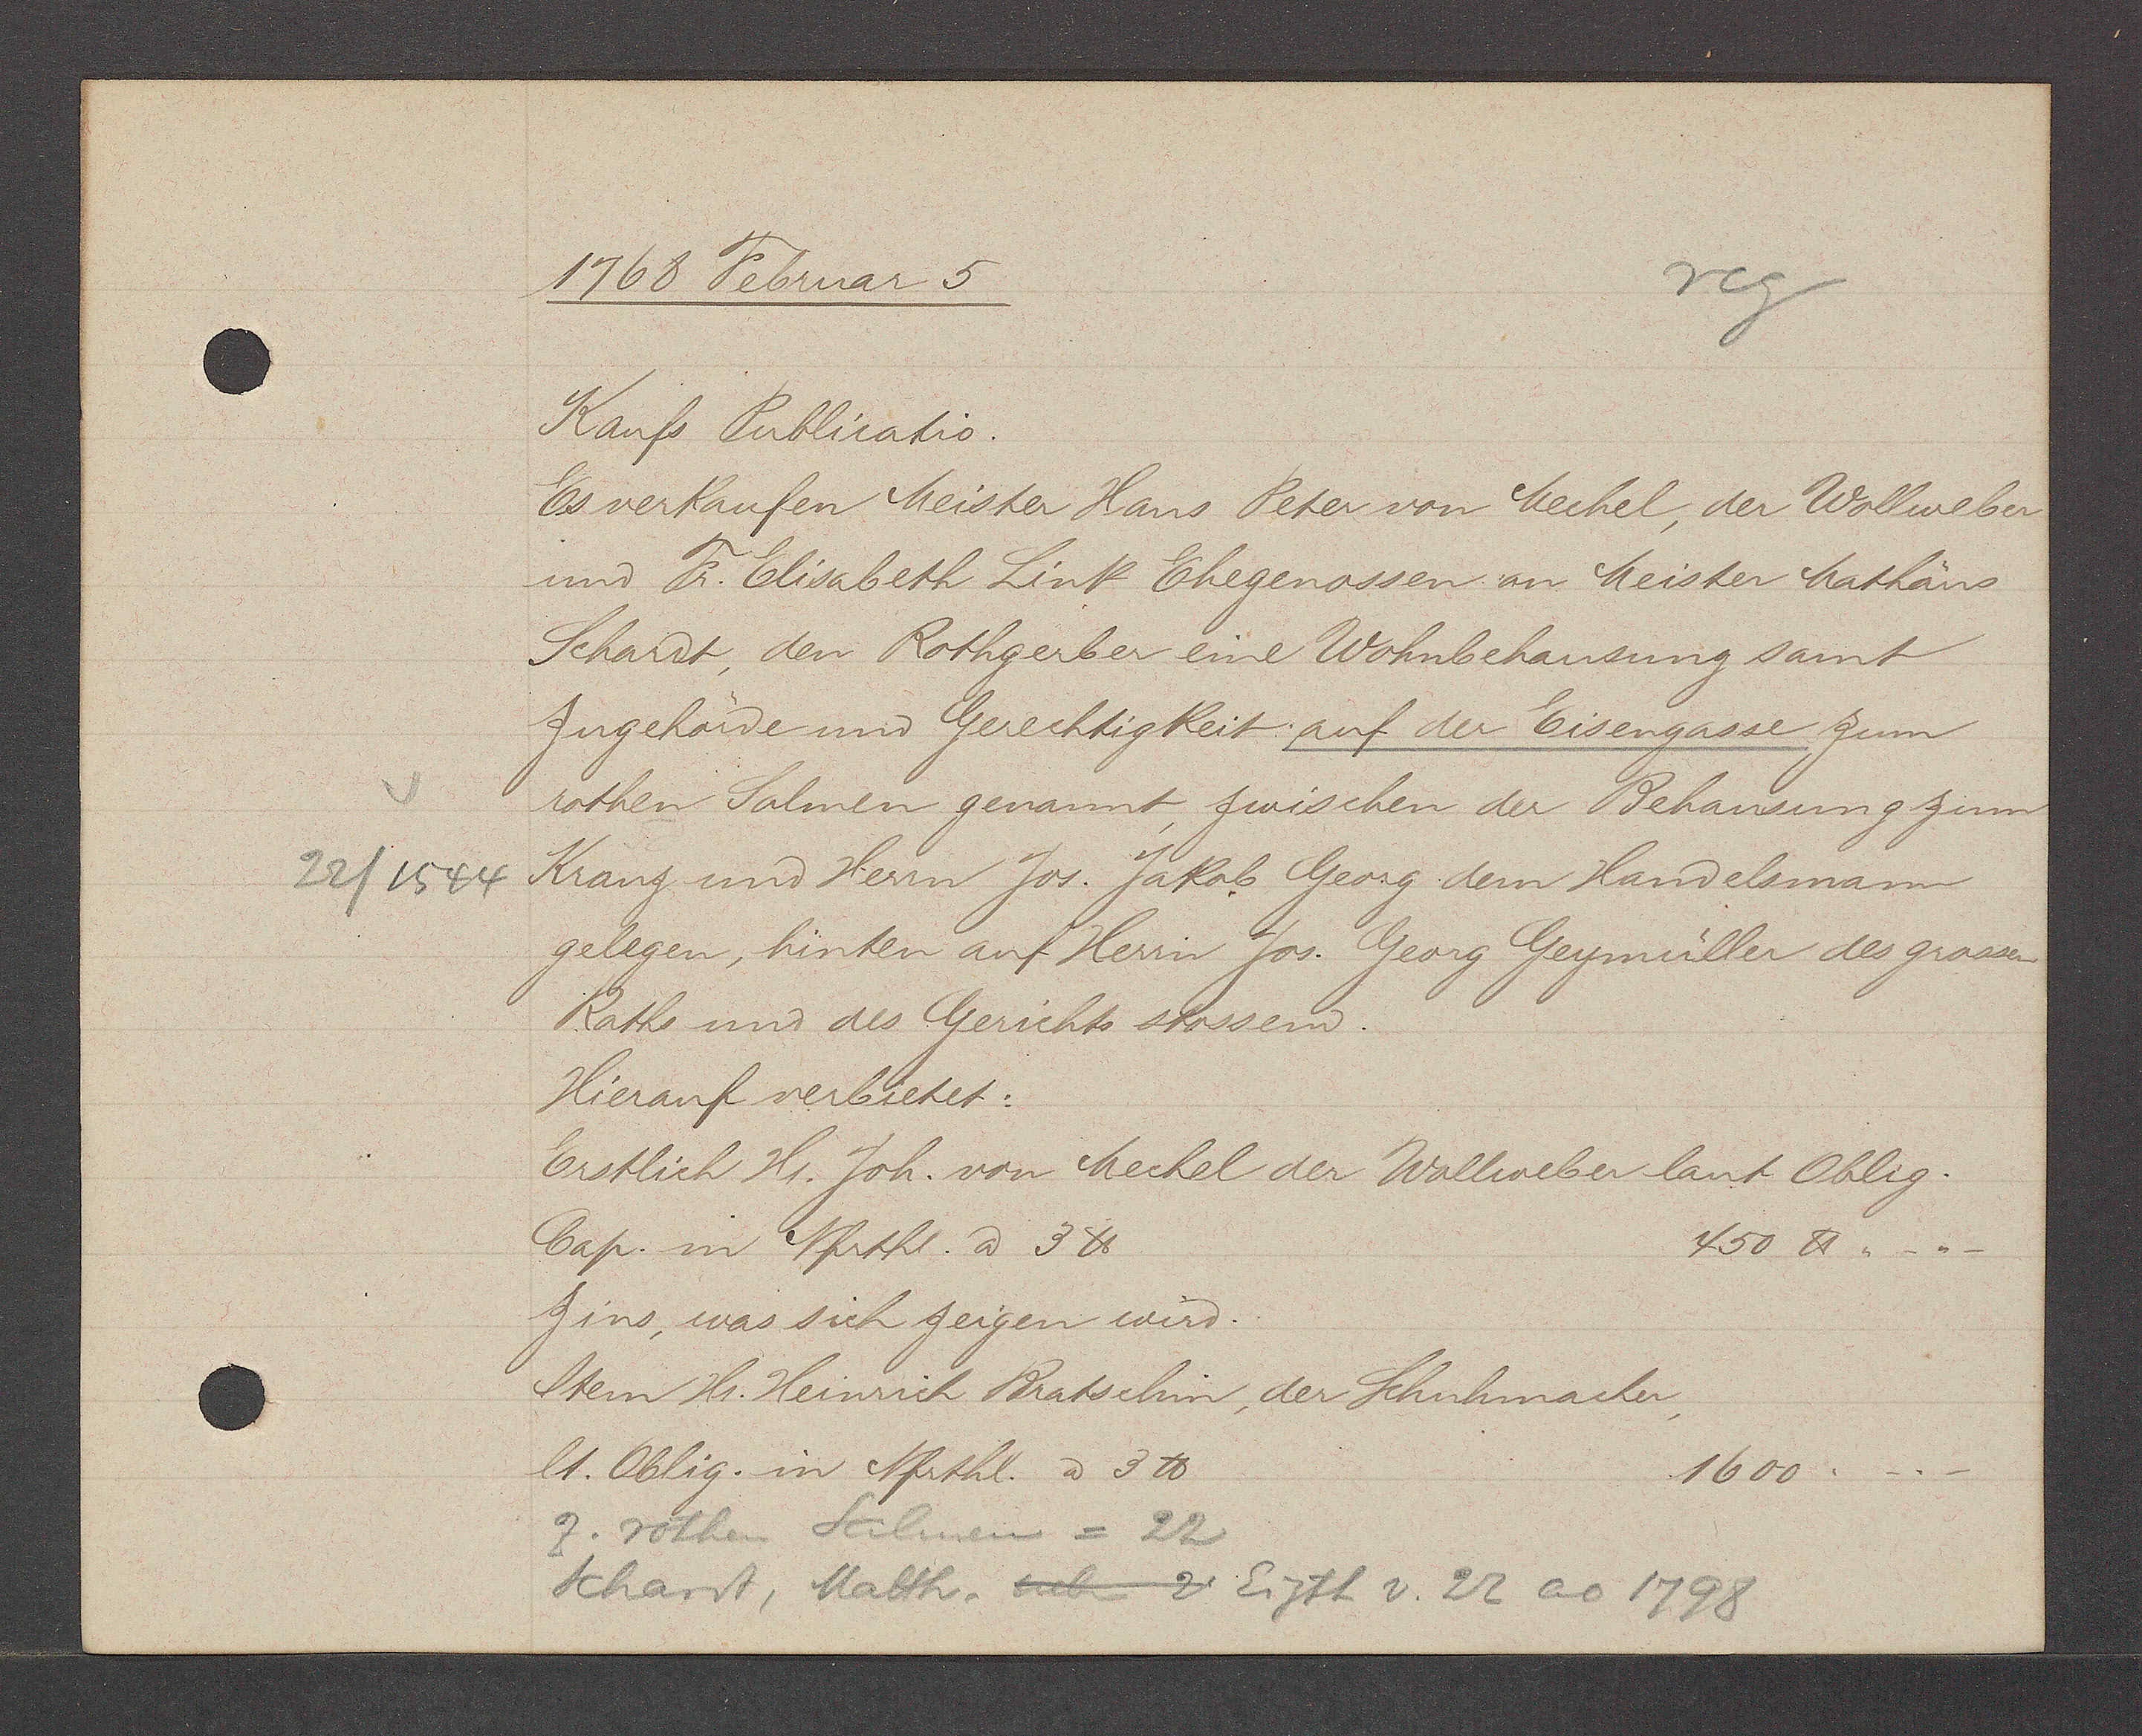
Transcript:
22/1544

1768 Februar 5
Kaufs Publicatio.
Es verkaufen Meister Hans Peter von Mechel, der Wollweber
und Fr. Elisabeth Link Ehegenossen an Meister Mathäus
Schardt, den Rothgerber eine Wohnbehausung samt
zugehörde und Gerechtigkeit auf der Eisengasse zum
rothen Salmen genannt zwischen der Behausung zum
Kranz und Herrn Jos. Jakob Georg dem Handelsmann
gelegen, hinten auf Herrn Jos. Georg Geymüller des grossen
Raths und des Gerichts stossend.
Hierauf verbietet.
Erstlich Hr. Joh. von Mechel der Wollweber laut Oblig.
450 ℔-.-
Cap. in Nfrthl. à 3 ℔
zins, was sich zeigen wird.
Item Hr. Heinrich Bratschin, der Schuhmacher,
lt. Oblig. in Nfrthl. à 3 ℔
1600 .-.-
z. rothen Salmen = 22
Schardt, Matth. neben 2 Eigth v. 22 ao 1798